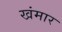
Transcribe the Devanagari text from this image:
खंमार